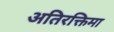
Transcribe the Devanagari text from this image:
अतिरक्तिमा